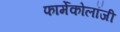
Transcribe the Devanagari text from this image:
फार्मेकोलॉजी